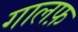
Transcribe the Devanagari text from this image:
गालफ़